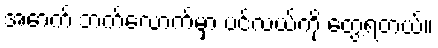
အောက် ဘက်လောက်မှာ ပင်လယ်ကို တွေ့ရတယ်။